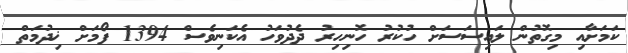
ކަމަށާއި މިގޮތުން ލައިސަސަށް ހުކުރު ހޮނިހިރު ދެދުވަހު އެކަނިވެސް 1394 ފޯމަށް ޚިދުމަތް